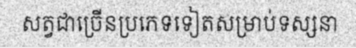
សត្វជាច្រើនប្រភេទទៀតសម្រាប់ទស្សនា